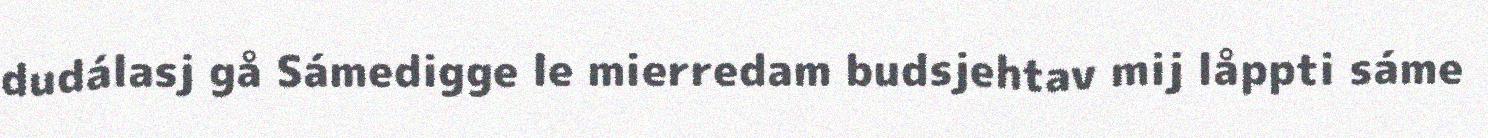
dudálasj gå Sámedigge le mierredam budsjehtav mij låppti sáme